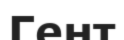
Гент